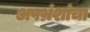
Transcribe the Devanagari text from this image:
अपभ्रंशांचा